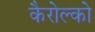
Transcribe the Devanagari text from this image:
कैरोल्को